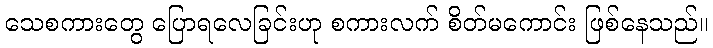
သေစကားတွေ ပြောရလေခြင်းဟု စကားလက် စိတ်မကောင်း ဖြစ်နေသည်။